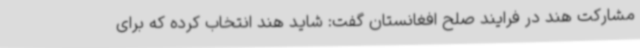
مشارکت هند در فرایند صلح افغانستان گفت: شاید هند انتخاب کرده که برای